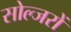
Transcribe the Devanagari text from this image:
सोल्जरों